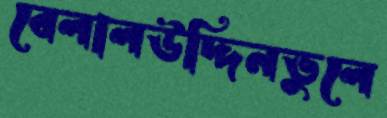
বেলালউদ্দিনভুলে